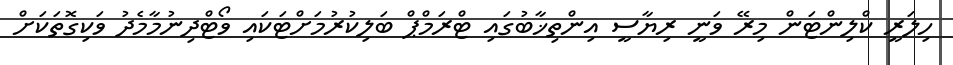
ހިލަރީ ކްލިންޓަން މިރޭ ވަނީ ރިޔާސީ އިންތިޚާބުގައި ޓްރަމްޕް ބަލިކުރުމަށްޓަކައި ވޯޓްދިނުމާމެދު ވަކިގޮތަކަށް